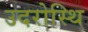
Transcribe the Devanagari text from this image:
उदरोस्थि